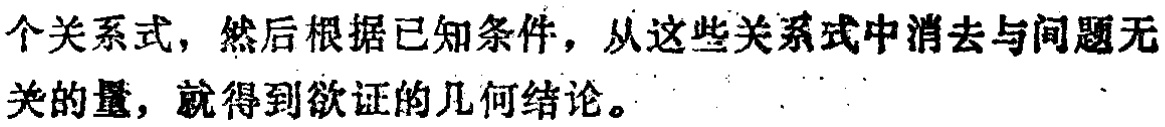
个关系式，然后根据已知条件，从这些关系式中消去与问题无关的量，就得到欲证的几何结论。